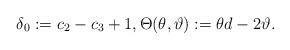
LaTeX: \begin{align*} \delta_{0} := c_{2}-c_{3} +1,\Theta(\theta,\vartheta):=\theta d-2\vartheta.\end{align*}